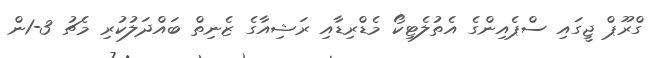
ގްރޫޕް ޖީގައި ސްޕެއިންގެ އެތުލެޓިކޯ މެޑްރިޑާއި ރަޝިއާގެ ޒެނިތް ބައްދަލުކުރި މެޗު 3-1ން